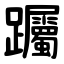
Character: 䠱